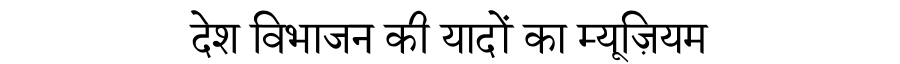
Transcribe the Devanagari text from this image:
देश विभाजन की यादों का म्यूज़ियम